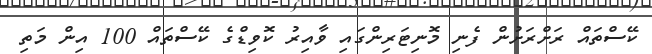
ކޭސްތައް ރަށްރަށުން ފެނި މޮނިޓަރިންގައި ވާއިރު ކޮވިޑްގެ ކޭސްތައް 100 އިން މަތި